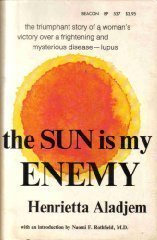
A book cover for The Sun Is My Enemy: One Woman's Victory over Mysterious and Dreaded Disease - LUPUS; Henrietta Aladjem; Health, Fitness & Dieting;